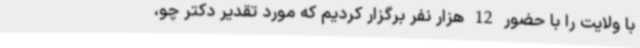
با ولایت را با حضور 12 هزار نفر برگزار کردیم که مورد تقدیر دکتر چو،